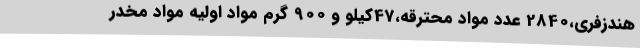
هندزفری،2840 عدد مواد محترقه،47کیلو و 900 گرم مواد اولیه مواد مخدر